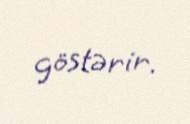
göstərir.